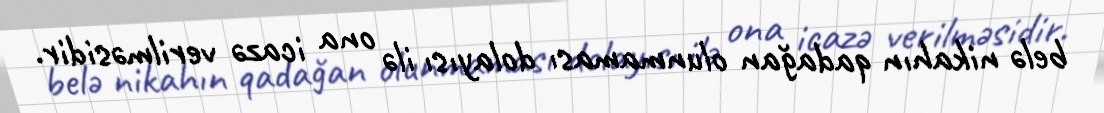
belə nikahın qadağan olunmaması dolayısı ilə ona icazə verilməsidir.